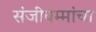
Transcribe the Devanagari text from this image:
संजीवम्मांचा